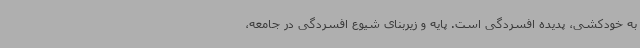
به خودکشی، پدیده افسردگی است. پایه و زیربنای شیوع افسردگی در جامعه،